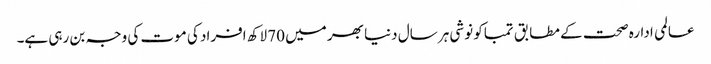
عالمی ادارہ صحت کے مطابق تمباکو نوشی ہر سال دنیا بھر میں 70 لاکھ افراد کی موت کی وجہ بن رہی ہے۔